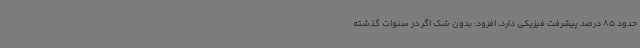
حدود 85 درصد پیشرفت فیزیکی دارد، افزود: بدون شک اگر در سنوات گذشته